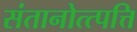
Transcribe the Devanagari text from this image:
संतानोत्त्पत्ति